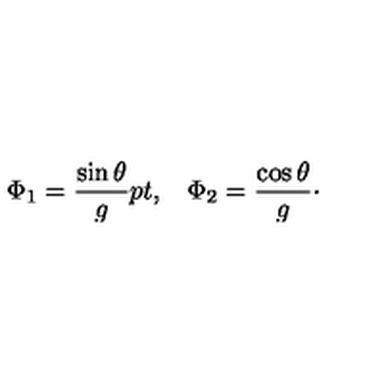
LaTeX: \Phi _ { 1 } = { \frac { \sin \theta } { g } } \raise 2 p t \mathrm { , } \quad \Phi _ { 2 } = { \frac { \cos \theta } { g } } \cdotp